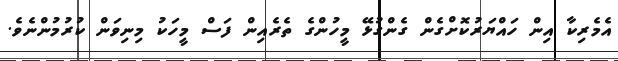
އެމެރިކާ އިން ހައްޔަރުކޮށްގެން ގެންގުޅޭ މީހުންގެ ތެރެއިން ފަސް މީހަކު މިނިވަން ކުރުމުންނެވެ.